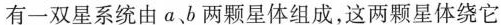
有一双星系统由a、b两颗星体组成，这两颗星体绕它